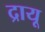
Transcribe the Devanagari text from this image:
द्रायू